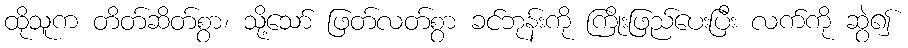
ထိုသူက တိတ်ဆိတ်စွာ၊ သို့သော် ဖြတ်လတ်စွာ ခင်ဘုန်းကို ကြိုးဖြည်ပေးပြီး လက်ကို ဆွဲ၍